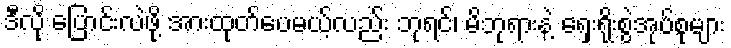
ဒီလို ပြောင်းလဲဖို့ အားထုတ်ပေမယ့်လည်း ဘုရင်၊ မိဘုရားနဲ့ ရှေးရိုးစွဲအုပ်စုများ